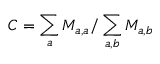
C = \sum _ { a } M _ { a , a } / \sum _ { a , b } M _ { a , b }